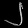
Digit: ၂